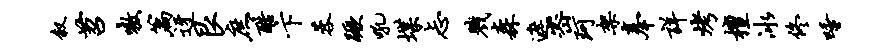
叙苕嗷篇迓艮庶酷卞蓉蹶吼堞忐戮森遮密珂架奉详烤檀冰佟唾